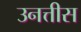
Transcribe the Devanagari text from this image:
उनत्तीस